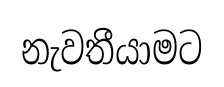
නැවතීයාමට